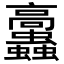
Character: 𩫲